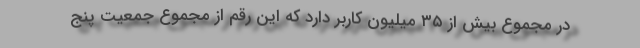
در مجموع بیش از ۳۵ میلیون کاربر دارد که این رقم از مجموع جمعیت پنج